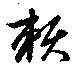
頼